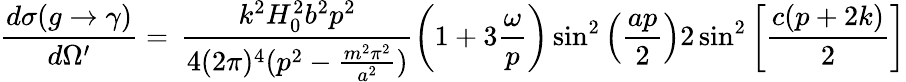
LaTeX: \frac{d\sigma(g\rightarrow\gamma)}{d\Omega^{\prime}}=\, \frac{k^{2}H_{0}^{2}b^{2}p^{2}}{4(2\pi)^{4}(p^{2}-\frac{m^{2}\pi^{2}}{a^{2}})}\left(1+3\frac{\omega}{p}\right)\sin^{2}\left(\frac{ap}{2}\right)2\sin^{2}\left[\frac{c(p+2k)}{2}\right]